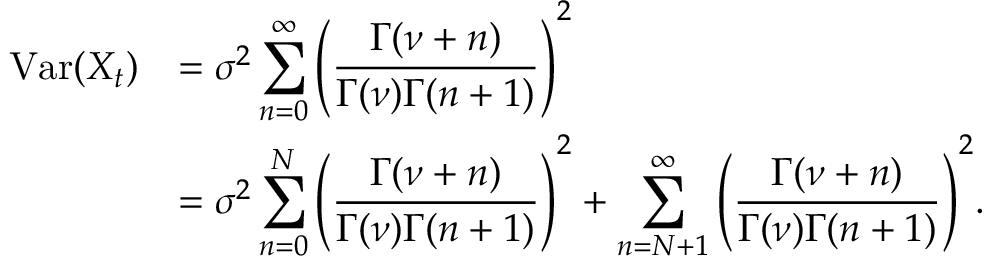
\begin{array} { r l } { \mathrm { V a r } ( X _ { t } ) } & { = \sigma ^ { 2 } \displaystyle \sum _ { n = 0 } ^ { \infty } \Bigg ( \frac { \Gamma ( \nu + n ) } { \Gamma ( \nu ) \Gamma ( n + 1 ) } \Bigg ) ^ { 2 } } \\ & { = \sigma ^ { 2 } \displaystyle \sum _ { n = 0 } ^ { N } \Bigg ( \frac { \Gamma ( \nu + n ) } { \Gamma ( \nu ) \Gamma ( n + 1 ) } \Bigg ) ^ { 2 } + \displaystyle \sum _ { n = N + 1 } ^ { \infty } \Bigg ( \frac { \Gamma ( \nu + n ) } { \Gamma ( \nu ) \Gamma ( n + 1 ) } \Bigg ) ^ { 2 } . } \end{array}